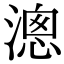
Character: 漗